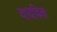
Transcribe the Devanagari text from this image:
वायविक